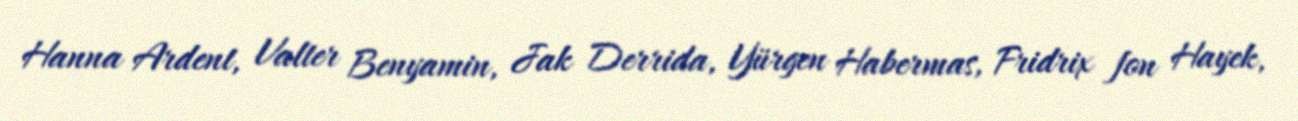
Hanna Ardent, Valter Benyamin, Jak Derrida, Yürgen Habermas, Fridrix fon Hayek,